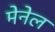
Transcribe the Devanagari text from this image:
मेनेल